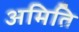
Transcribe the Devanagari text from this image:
अमिति